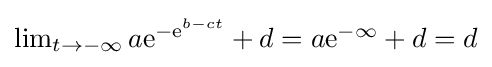
{\textstyle \lim _{t\to -\infty }a\mathrm {e} ^{-\mathrm {e} ^{b-ct}}+d=a\mathrm {e} ^{-\infty }+d=d}